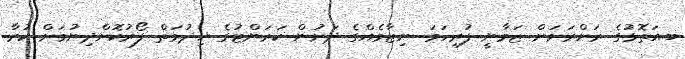
ބ.އަތޮޅުގެ ރަށްރަށަށް ޒަމާނީ ފުރިހަމަ ނިޒާމެއްގެ ދަށުން ކަރަންޓުގެ ޚިދުމަތް ފޯރުކޮށްދިނުމަށް ކުރާ